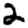
Digit: 2